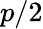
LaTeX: p/2